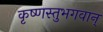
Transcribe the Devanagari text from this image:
कृष्णस्तुभगवान्